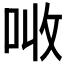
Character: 𠲠